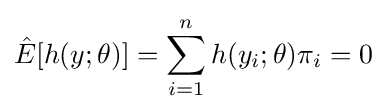
{\hat {E}}[h(y;\theta )]=\sum _{i=1}^{n}h(y_{i};\theta )\pi _{i}=0